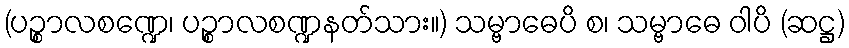
(ပဉ္စာလစဏ္ဍေ၊ ပဉ္စာလစဏ္ဍနတ်သား။) သမ္ဗာဓေပိ စ၊ သမ္ဗာဓေ ဝါပိ (ဆဋ္ဌ)